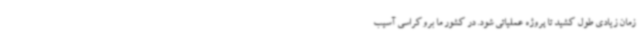
زمان زیادی طول کشید تا پروژه عملیاتی شود. در کشور ما بروکراسی آسیب